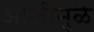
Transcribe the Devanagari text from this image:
आजीमुळे